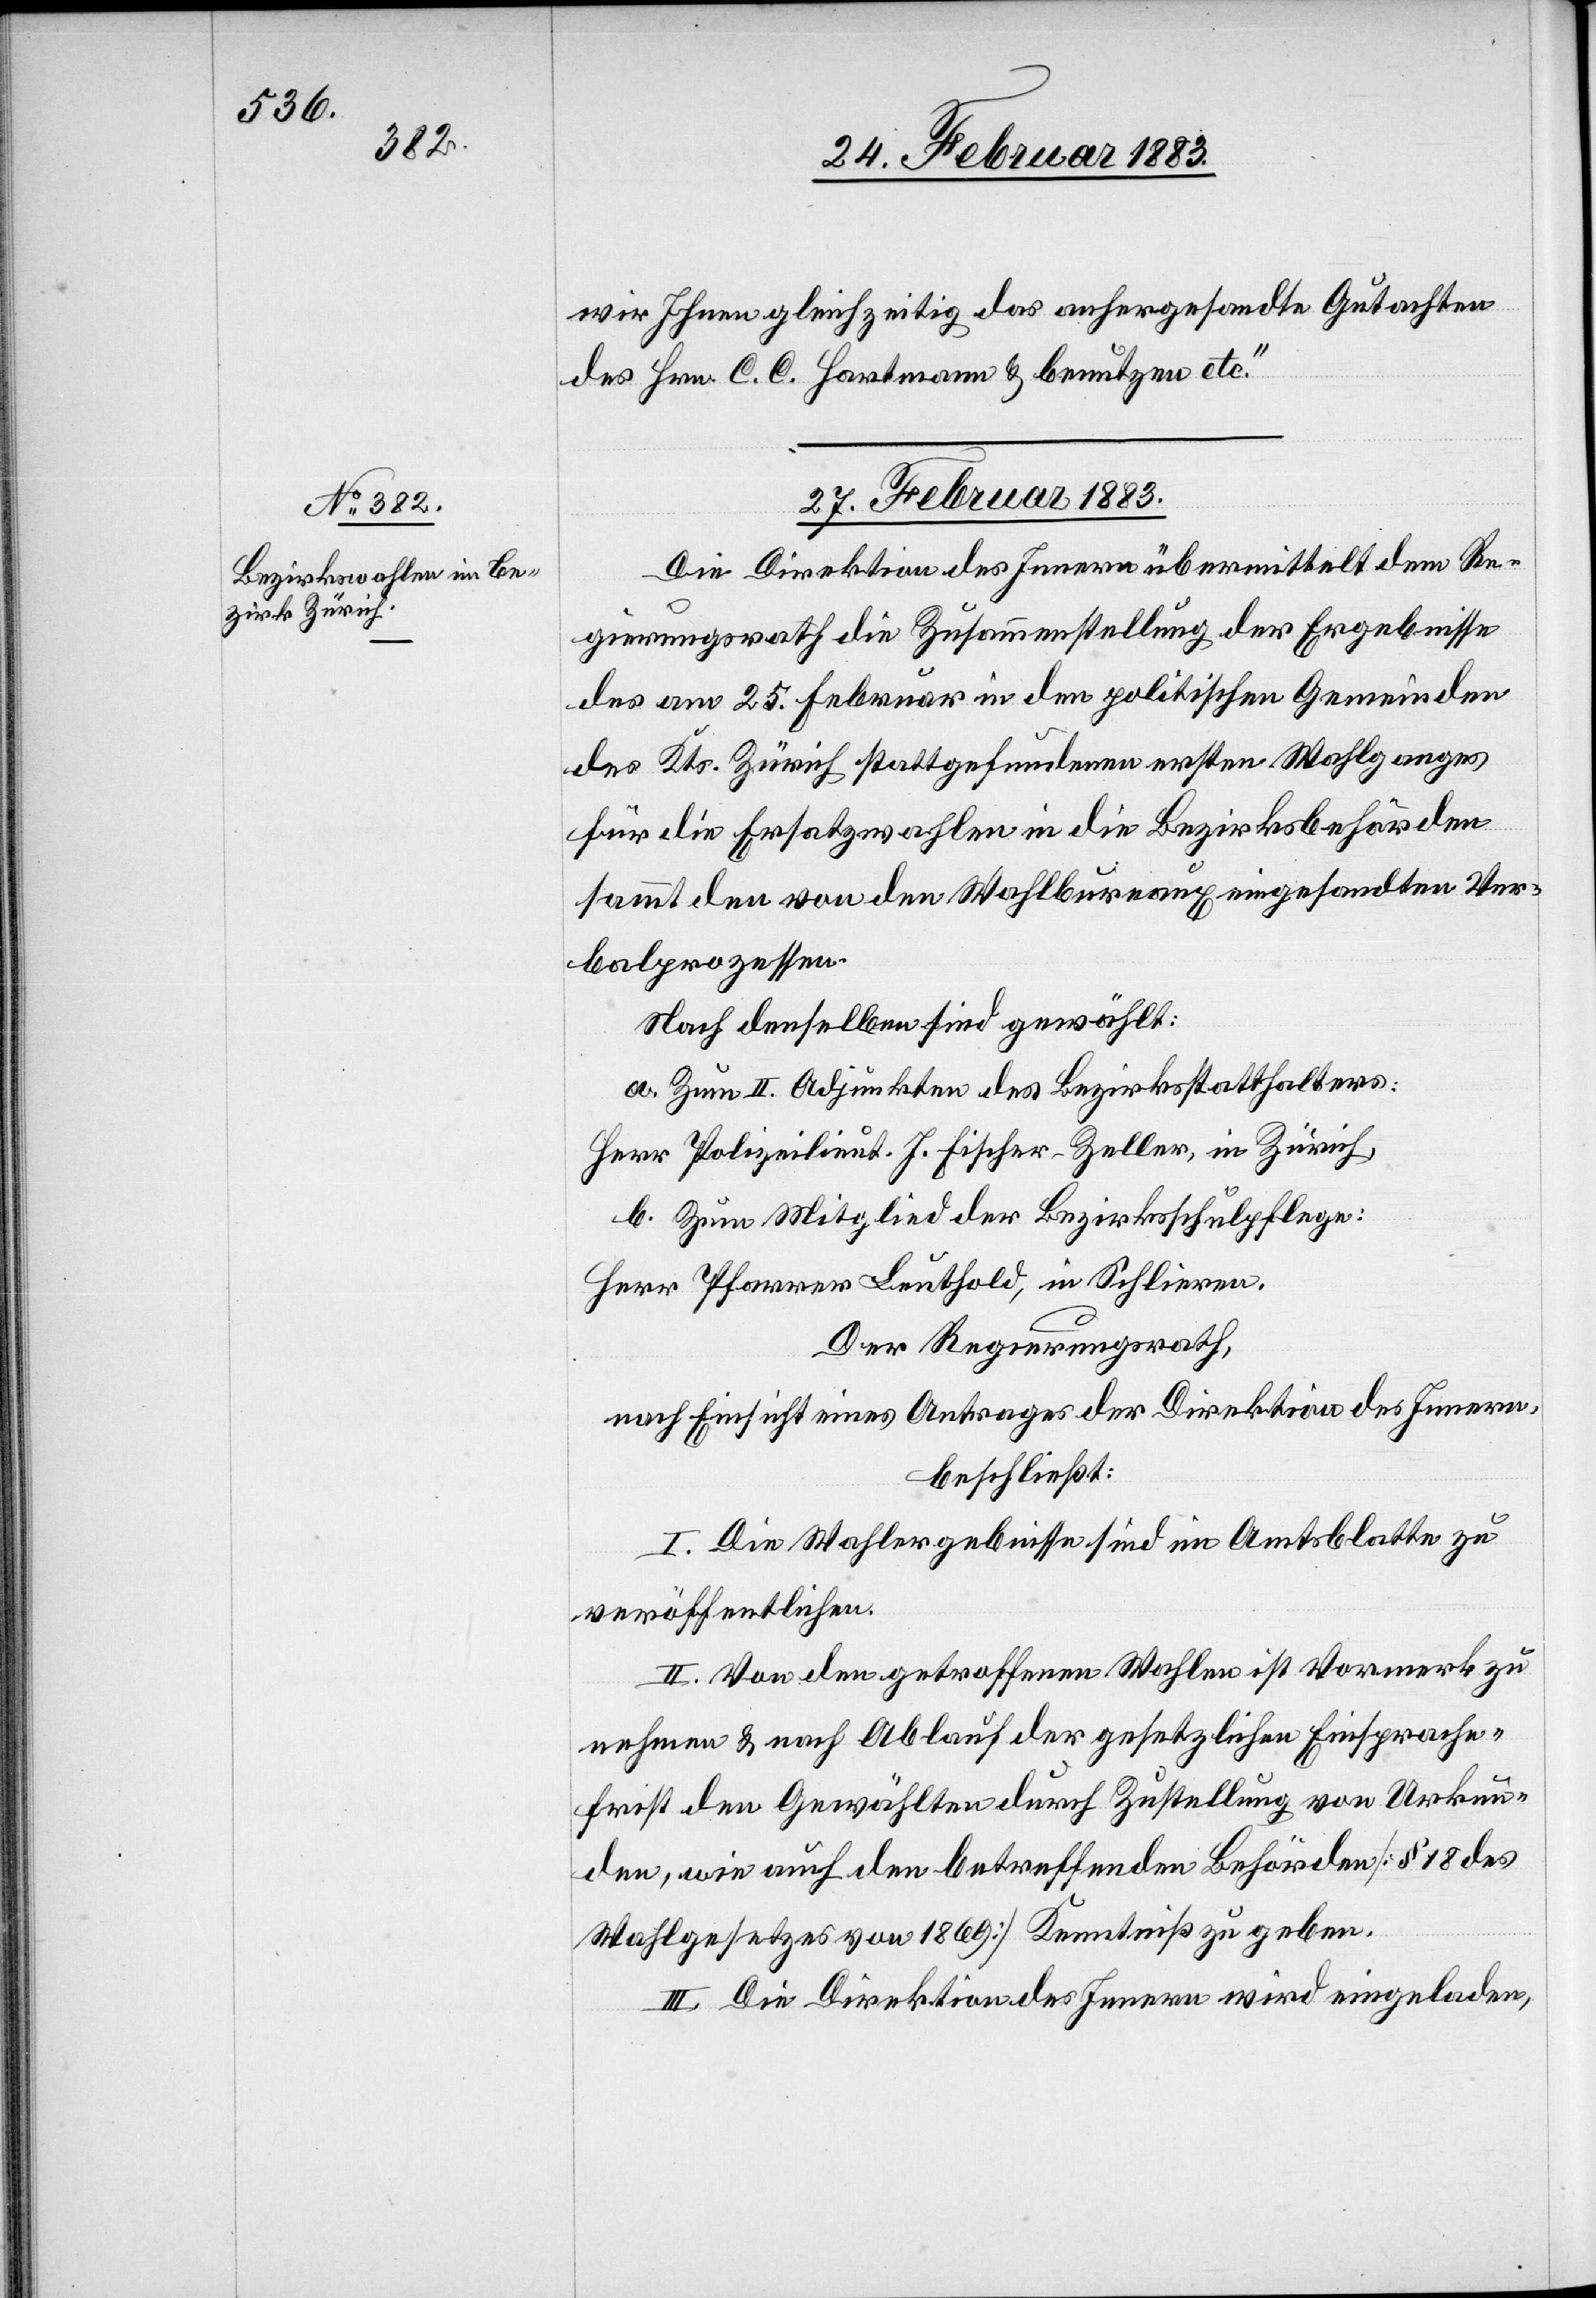
wir Ihnen gleichzeitig das anhergesandte Gutachten
des Hrn. C. C. Hartmann & benutzen etc.“
27. Februar 1883.
Die Direktion des Innern übermittelt dem Re¬
gierungsrath die Zusammenstellung der Ergebnisse
des am 25. Februar in den politischen Gemeinden
des Kts. Zürich stattgefundenen ersten Wahlganges
für die Ersatzwahlen in die Bezirksbehörden
sammt den von den Wahlbureaux eingesandten Ver¬
balprozessen.
Nach denselben sind gewählt:
a. Zum II. Adjunkten des Bezirksstatthalters:
Herr Polizeilieut. H. Fischer-Zeller, in Zürich,
b. Zum Mitglied der Bezirksschulpflege:
Herr Pfarrer Leuthold, Schlieren.
Der Regierungsrath,
nach Einsicht eines Antrages der Direktion des Innern,
beschließt:
I. Die Wahlergebnisse sind im Amtsblatte zu
veröffentlichen.
II. Von den getroffenen Wahlen ist Vormerk zu
nehmen & nach Ablauf der gesetzlichen Einsprache¬
frist den Gewählten durch Zustellung von Urkun¬
den, wie auch den betreffenden Behörden [§ 18 des
Wahlgesetzes von 1869] Kenntniß zu geben.
III. Die Direktion des Innern wird eingeladen,